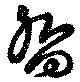
嚮